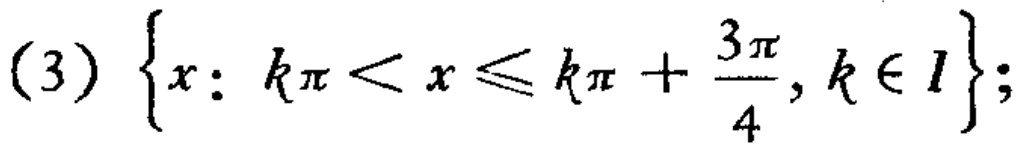
(3) \(\{x: k\pi < x\leqslant k\pi+\frac{3\pi}{4}, k\in I\}\);